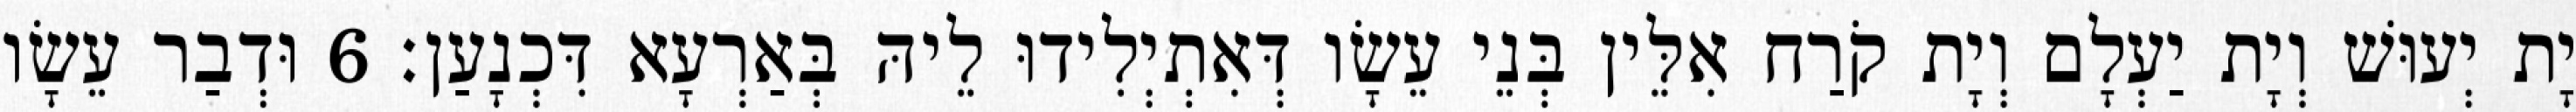
יָת יְעוּשׁ וְיָת יַעְלָם וְיָת קֹרַח אִלֵּין בְּנֵי עֵשָׂו דְּאִתְיְלִידוּ לֵיהּ בְּאַרְעָא דִּכְנָעַן׃ 6 וּדְבַר עֵשָׂו